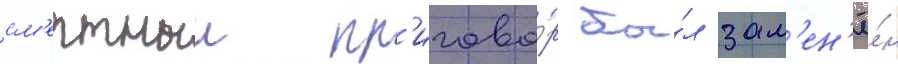
см'ертныи пр'игово́р бы́л зам'ен'ё́н